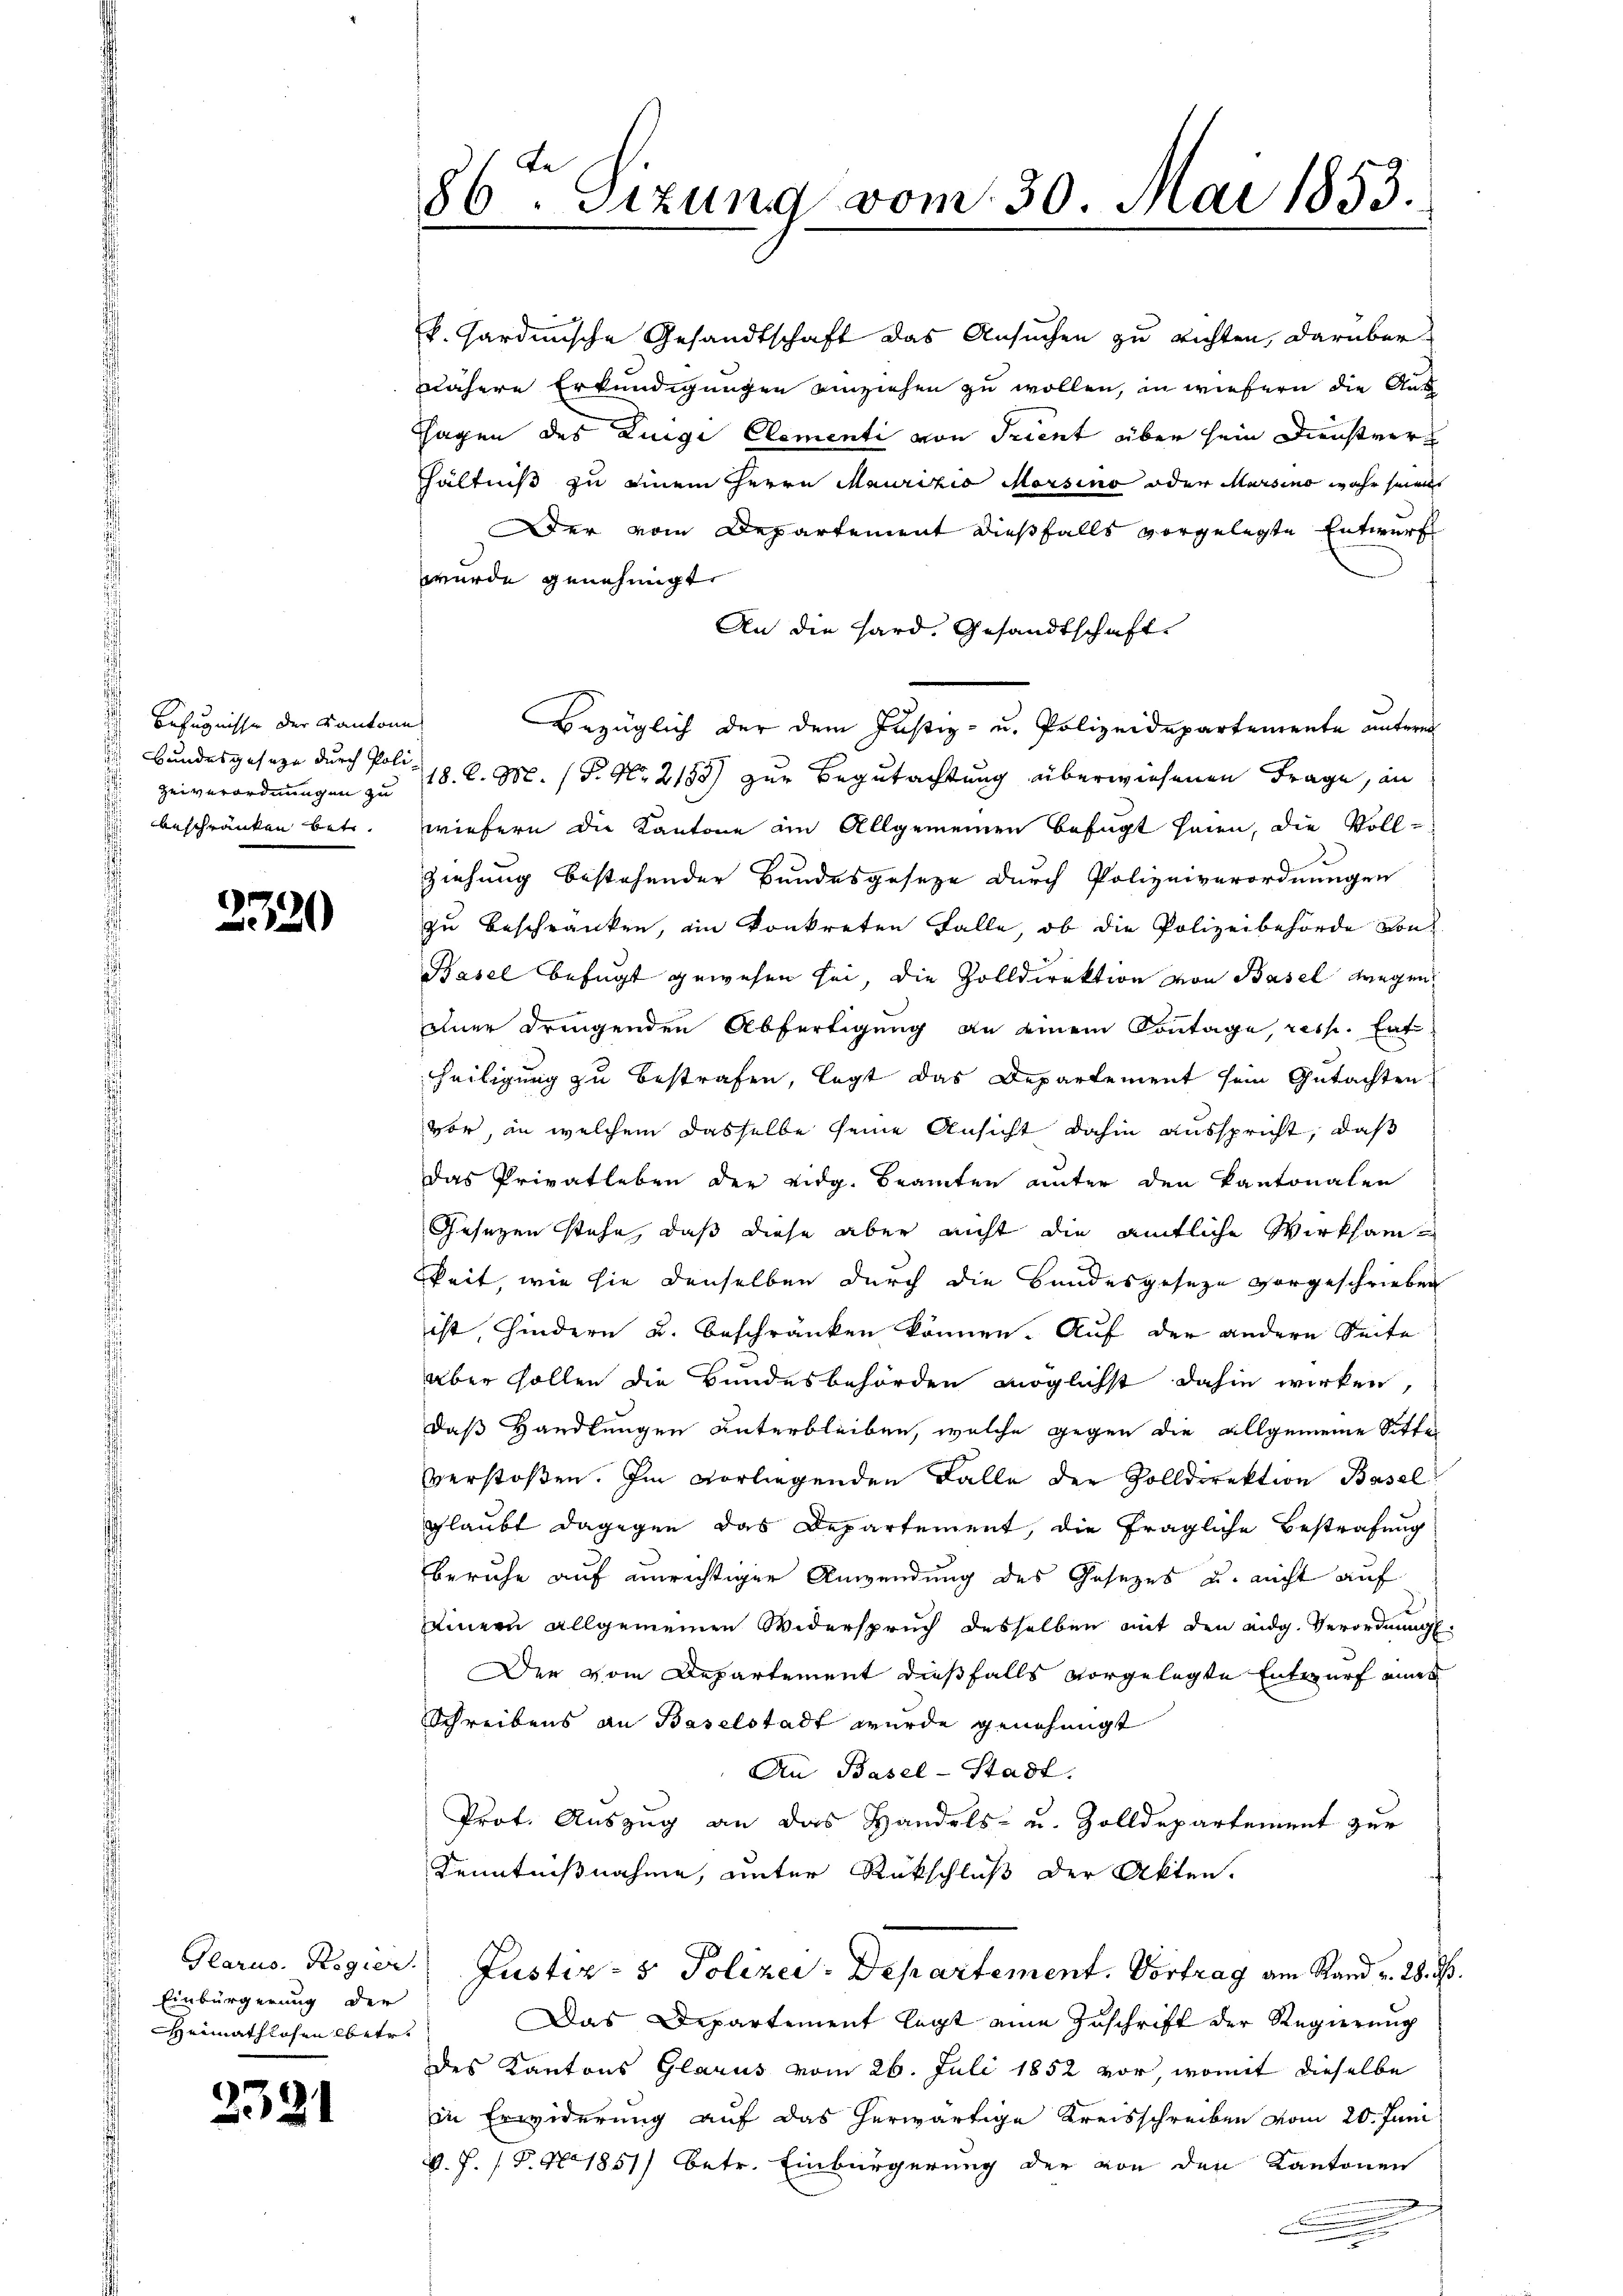
Zeiverordnungen zu
beschränken betr.

E
20

Einbürgerung der
Heimathlosen betr.

2331

86ten Sizung vom 30. Mai 1853.

k. Sardinische Gesandtschaft das Ansuchen zu richten, darüber
nähere Erkundigungen einziehen zu wollen, in wiefern die Aus
Hagen des Luigi Clementi von Trient über sein Dienstverhältniß zu einem Herrn Maurizio Morsino oder Marsino wahr seien
er vom Departement dießfalls vorgelegte Entwurf
wurde genehmigt.
An die Hard. Gesandtschaft.
Befugnisse der Kantone Bezüglich der dem Justiz- u. Polizeidepartemente unteren
Bundesgeseze durch Poli 18. d. M. P. Nr. 2185) zur Begutachtung überwiesenen Frage, an
wiefern die Kantone am Allgemeinen befugt seien, die Voll¬
Ziehung bestehender Bundesgesetze durch Polizeiverordnungen
zu beschränken, ein konkreten Falle, ob die Polizeibehörde von
Basel befugt gewesen sei, die Zolldirektion von Basel wegen
einer dringenden Abfertigung an einem Kontage, resp. Ent
heiligung zu bestrafen, legt das Departement sein Gutachten
vor, in welchem dasselbe seine Ansicht dahin ausspricht, daß
Das Privatleben der eidg. Beamten unter den Kantonalen
Gesetzen stehe, daß diese aber nicht die amtliche Wirksamkeit, wie sie denselben durch die Bundesgeseze vorgeschrieben
ist, Hindern u. beschränken können. Auf der andern Seite
aber sollen die Bundesbehörden möglichst dahin wirken,
daß Handlungen unterbleiben, welche gegen die allgemeine Sitte
verstoßen. Im vorliegenden Falle der Zolldirektion Basel
glaubt dagegen das Departement, die fragliche Bestrafung
beruhe auf unrichtiger Anwendung des Gesetzes u. nicht auf
seinern allgemeinen Widerspruch desselben mit den eidg. Verordnung.
Der vom Departement dießfalls vorgelegte Entwurf eines
Schreibens an Baselstadt wurde genehmigt
An Basel-Stadt.
Prot. Auszug an das Handels- u. Zolldepartement zur
Kenntnißnahme, unter Rückschluß der Akten.
Glarus. Regier Justiz- & Polizey-Departement. Vortrag am Rand v. 28. d.
Das Departement legt eine Zuschrift der Regierung
des Kantons Glarus vom 26. Juli 1852 vor, womit dieselbe
in Erwiderung auf das herwärtige Kreisschreiben vom 20. Juni
V. P. P. Nr. 1851) betr. Einbürgerung der von den Kantonen
s
.